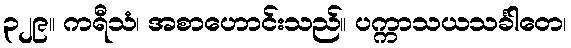
၃၂၉။ ကရီသံ၊ အစာဟောင်းသည်။ ပက္ကာသယသင်္ခါတေ၊